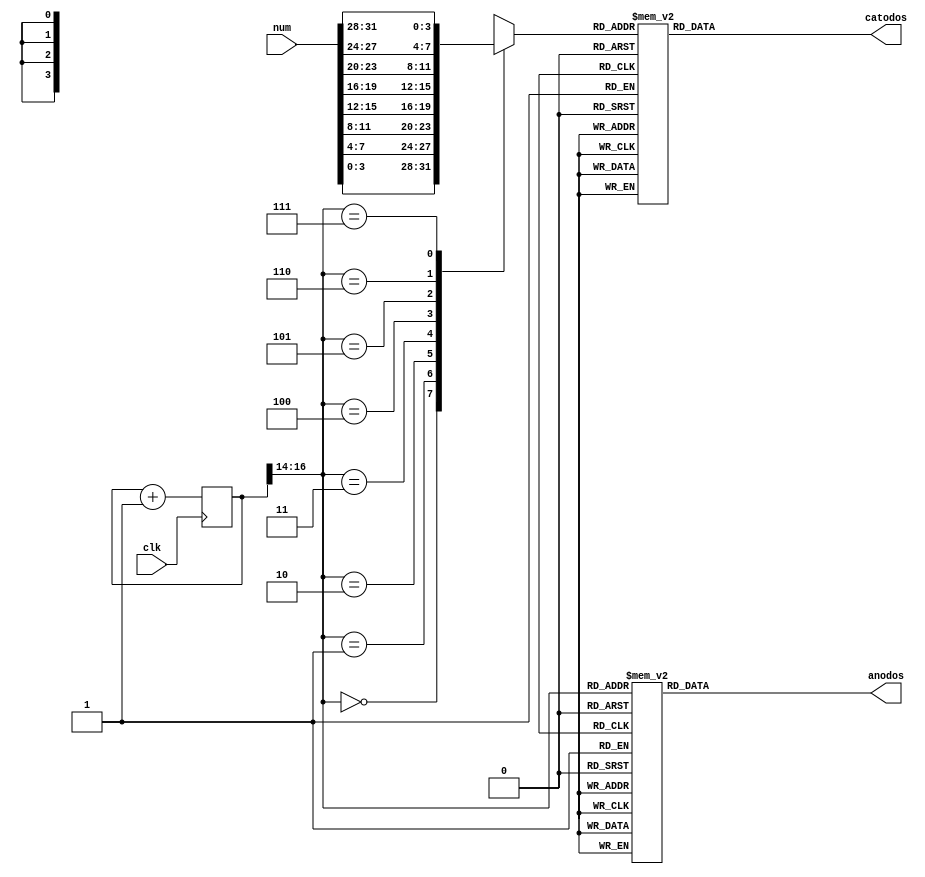
module seven_segment_hex(
    input [31:0] num,
    input clk,
    output  reg [7:0] catodos,
    output  reg [7:0] anodos
);


reg [31:0] counter = 0;
reg [3:0] mux_out;


always@(posedge clk )begin 
    if (counter == 32'hFFFFFFFF) begin
        counter <= 0;
    end
     counter = counter + 1;
end

always@(*) begin 

    case(counter[16:14])
        3'd0: mux_out <= num[3:0];
        3'd1: mux_out <= num[7:4];
        3'd2: mux_out <= num[11:8];
        3'd3: mux_out <= num[15:12];
        3'd4: mux_out <= num[19:16];
        3'd5: mux_out <= num[23:20];
        3'd6: mux_out <= num[27:24];
        3'd7: mux_out <= num[31:28];
        default: mux_out <= 4'h0;
    endcase 
end

always@(*) begin 

    case(counter[16:14])
        3'd0: anodos <= 8'b1111_1110;
        3'd1: anodos <= 8'b1111_1101;
        3'd2: anodos <= 8'b1111_1011;
        3'd3: anodos <= 8'b1111_0111;
        3'd4: anodos <= 8'b1110_1111;
        3'd5: anodos <= 8'b1101_1111;
        3'd6: anodos <= 8'b1011_1111;
        3'd7: anodos <= 8'b0111_1111;
        default: anodos <= 8'b1111_1110;
    endcase 
end

always@(*) begin 

    case(mux_out)
        4'h0: catodos <= 8'b0000_0011; //Last bit: dot
        4'h1: catodos <= 8'b1001_1111;
        4'h2: catodos <= 8'b0010_0101;
        4'h3: catodos <= 8'b0000_1101;
        4'h4: catodos <= 8'b1001_1001;
        4'h5: catodos <= 8'b0100_1001;
        4'h6: catodos <= 8'b0100_0001;
        4'h7: catodos <= 8'b0001_1111;
        4'h8: catodos <= 8'b0000_0001;
        4'h9: catodos <= 8'b0000_1001;
        4'hA: catodos <= 8'b0001_0001;
        4'hB: catodos <= 8'b1100_0001;
        4'hC: catodos <= 8'b0110_0011;
        4'hD: catodos <= 8'b1000_0101;
        4'hE: catodos <= 8'b0110_0001;
        4'hF: catodos <= 8'b0111_0001;
        default: catodos <= 8'b0000_0010;
    endcase 

end

endmodule